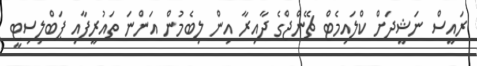
ރައީސް ނަޝީދަށް ކްލައިމެޓް ޗޭންޖްގެ ދާއިރާ އިން ލިބެމުން އަންނަ ތައުރީފާއި ޕަބްލިސިޓީ